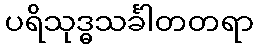
ပရိသုဒ္ဓသင်္ခါတတရာ